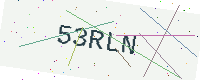
Text: 53RLN